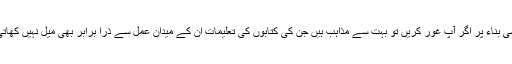
اسی بناء پر اگر آپ غور کریں تو بہت سے مذاہب ہیں جن کی کتابوں کی تعلیمات ان کے میدان عمل سے ذرا برابر بھی میل نہیں کھاتی۔